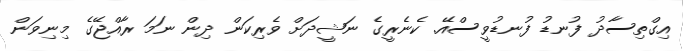
އިގްތިސާދު ފުނޑު ފުނޑުވީސްއޭ. ކެނެރީގެ ނަޝީދަށް ވެރިކަން ދިން ނަމަ ރާއްޖޭގެ މިނިވަން